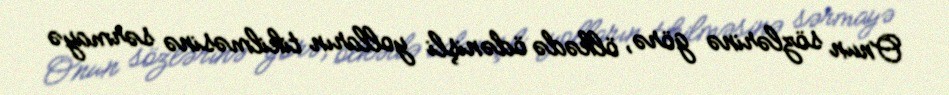
Onun sözlərinə görə, ölkədə ödənişli yolların tikilməsinə sərmayə